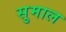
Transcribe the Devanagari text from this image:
सुमाल